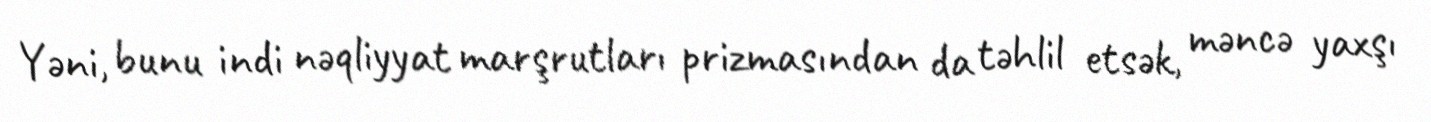
Yəni, bunu indi nəqliyyat marşrutları prizmasından da təhlil etsək, məncə yaxşı